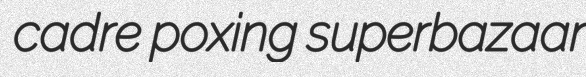
cadre poxing superbazaar